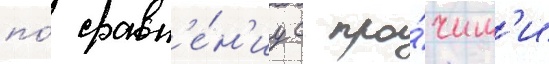
по́ сравн'е́н'иу с про́чим'и